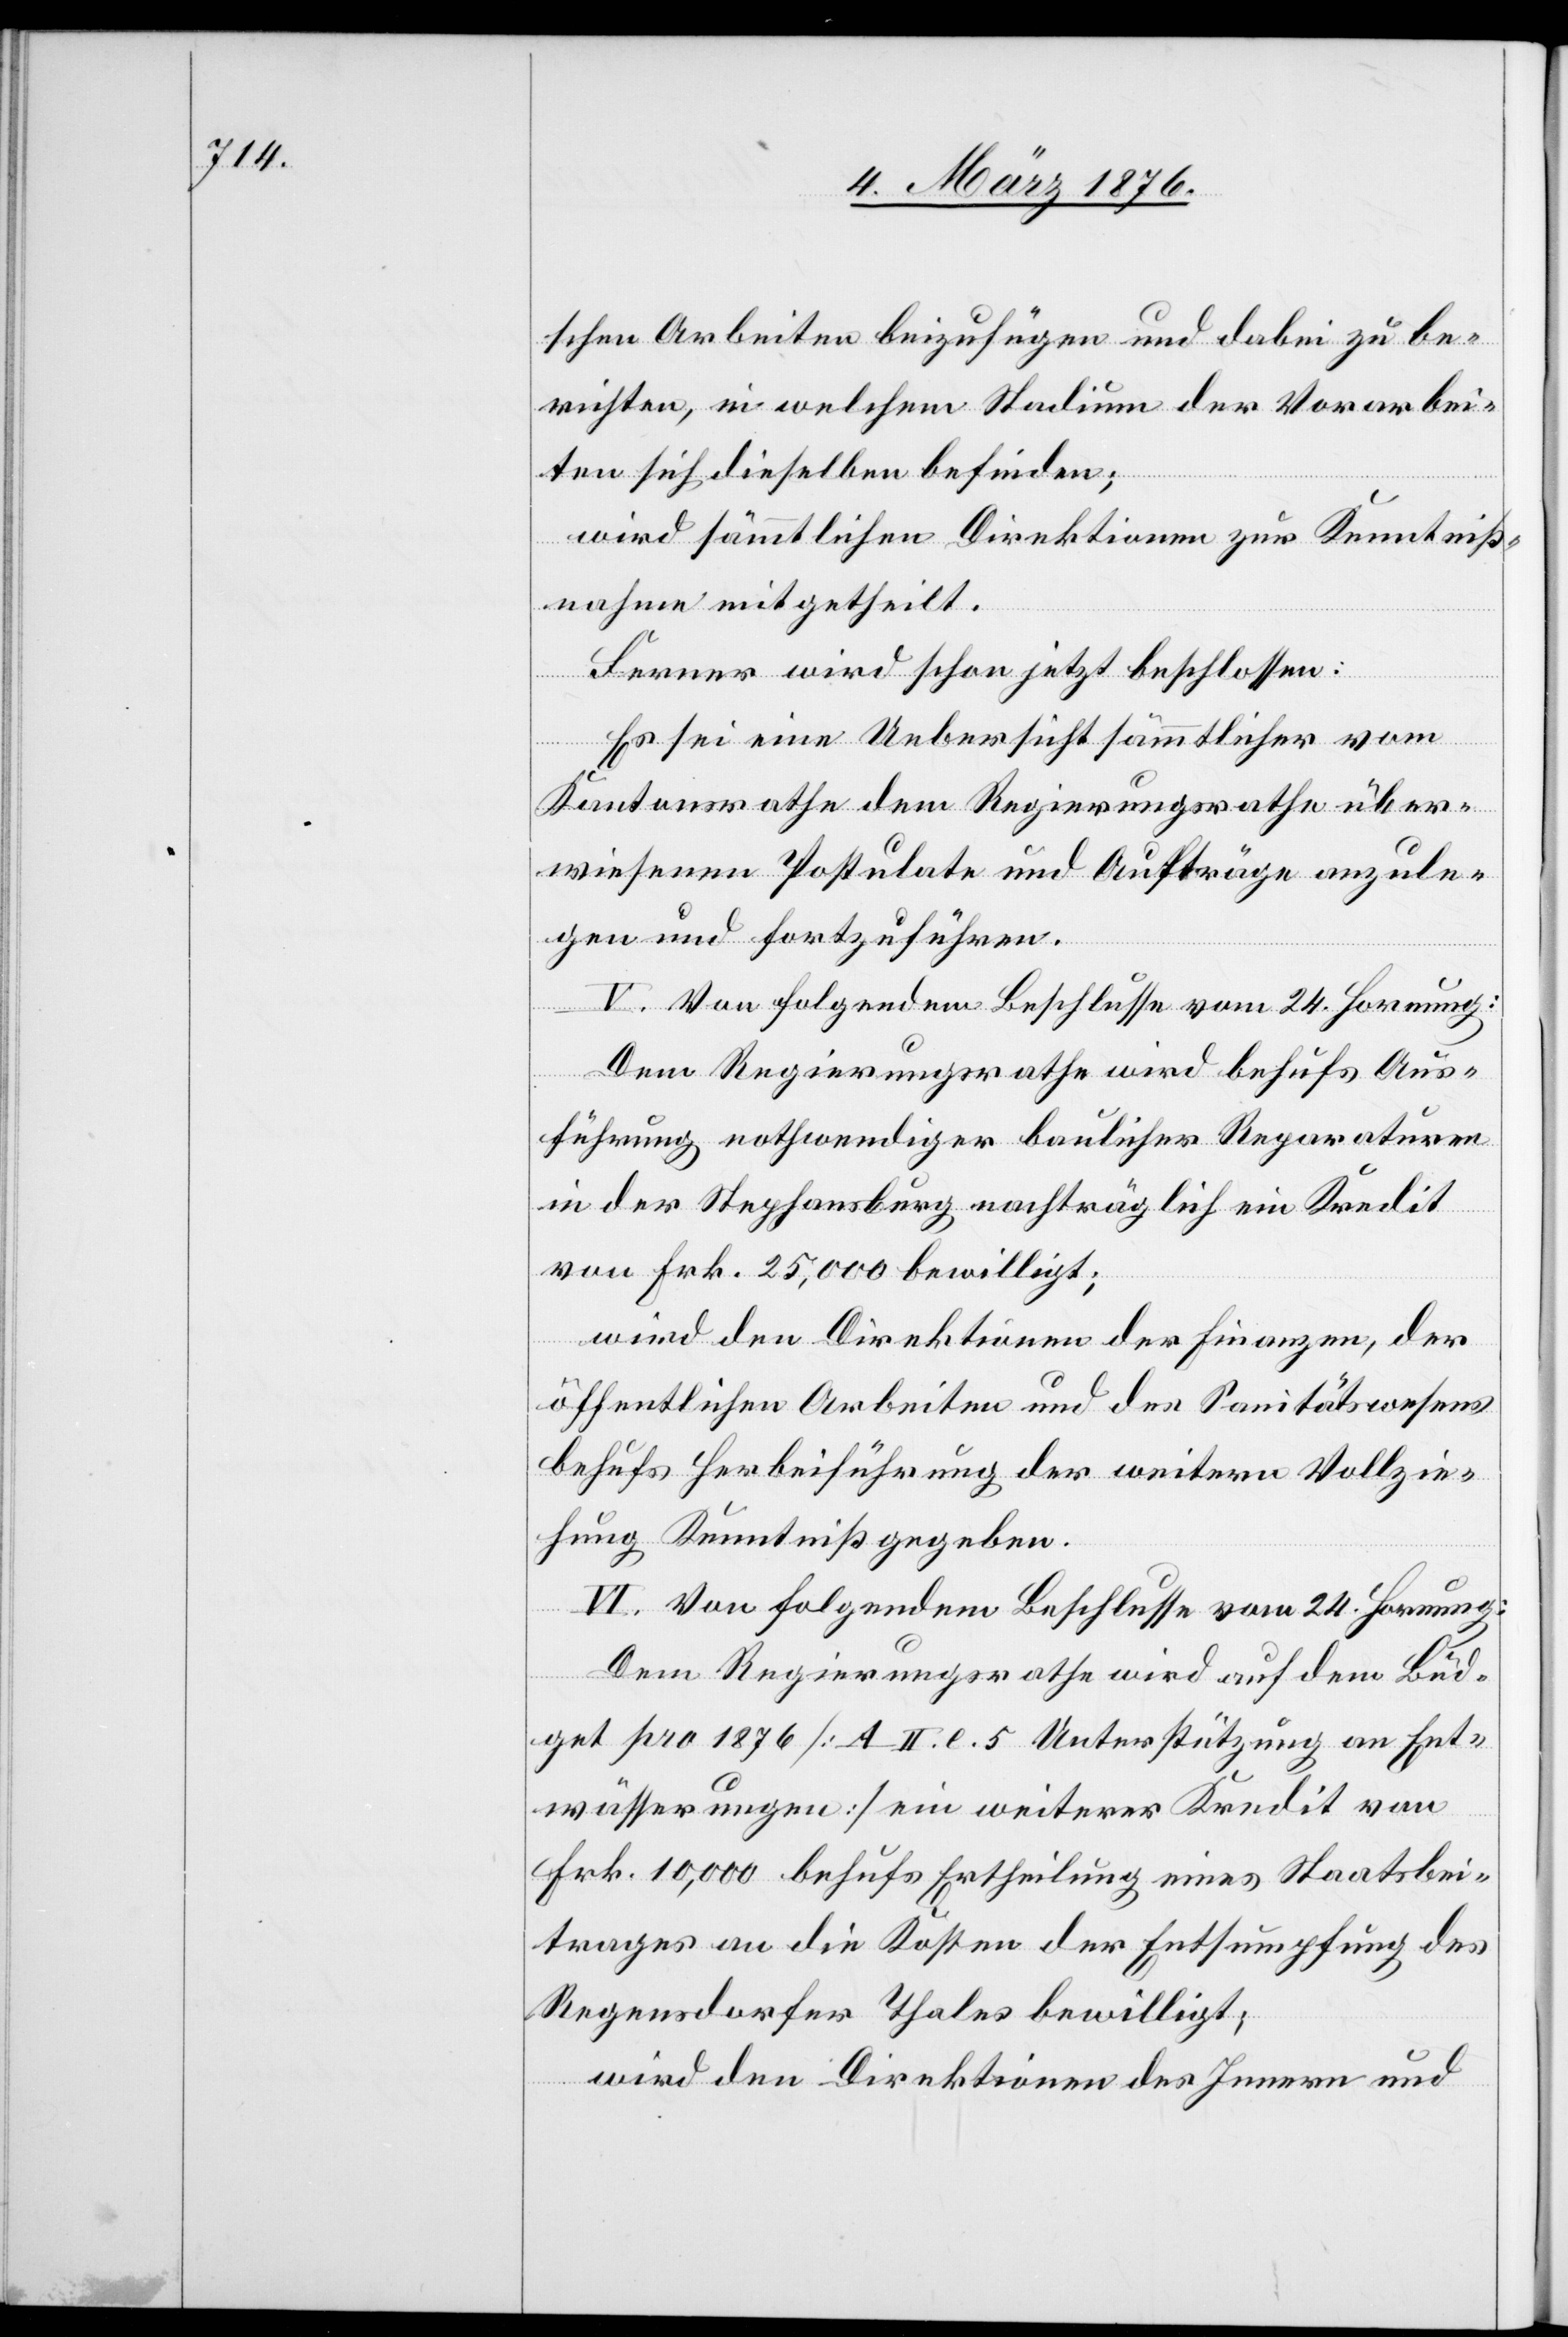
schen Arbeiten beizufügen und dabei zu be¬
richten, in welchem Stadium der Vorarbei¬
ten sich dieselben befinden;
wird sämmtlichen Direktionen zur Kenntniß¬
nahme mitgetheilt.
Ferner wird schon jetzt beschlossen:
Es sei eine Uebersicht sämmtlicher vom
Kantonsrathe dem Regierungsrathe über¬
wiesenen Postulate und Aufträge anzule¬
gen und fortzuführen.
V. Von folgendem Beschlusse vom 24. Hornung:
Dem Regierungsrathe wird behufs Aus¬
führung nothwendiger baulicher Reparaturen
in der Stephansburg nachträglich ein Kredit
von Frk. 25,000 bewilligt;
wird den Direktionen der Finanzen, der
öffentlichen Arbeiten und des Sanitätswesens
behufs Herbeiführung der weitern Vollzie¬
hung Kenntniß gegeben.
VI. Von folgendem Beschlusse vom 24. Hornung:
Dem Regierungsrathe wird auf dem Büd¬
get pro 1876 [A II. e. 5 Unterstützung an Ent¬
wässerungen] ein weiterer Kredit von
Frk. 10,000 behufs Ertheilung eines Staatsbei¬
trages an die Kosten der Entsumpfung des
Regensdorfer Thales bewilligt;
wird den Direktionen des Innern und